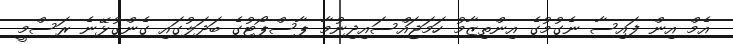
އެމް އިން ފައިސާ ނެގުމުގެ އިންތިޒާމު ހަމަޖައްސައިދިނުމާ ޕާސްޕޯޓުގެ ބަދަލުގައި ގެންގުޅޭނެ ރަސްމީ